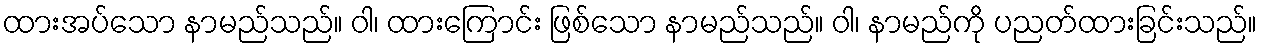
ထားအပ်သော နာမည်သည်။ ဝါ၊ ထားကြောင်း ဖြစ်သော နာမည်သည်။ ဝါ၊ နာမည်ကို ပညတ်ထားခြင်းသည်။